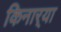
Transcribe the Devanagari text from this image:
किनार्‍या